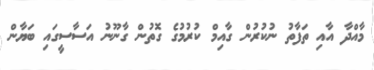
މާއްދާ އާއި ތަފާތު ނުކުރުން ގާއިމް ކުރުމުގެ ގޮތުން ގާނޫނު އަސާސީގައި ބަޔާން